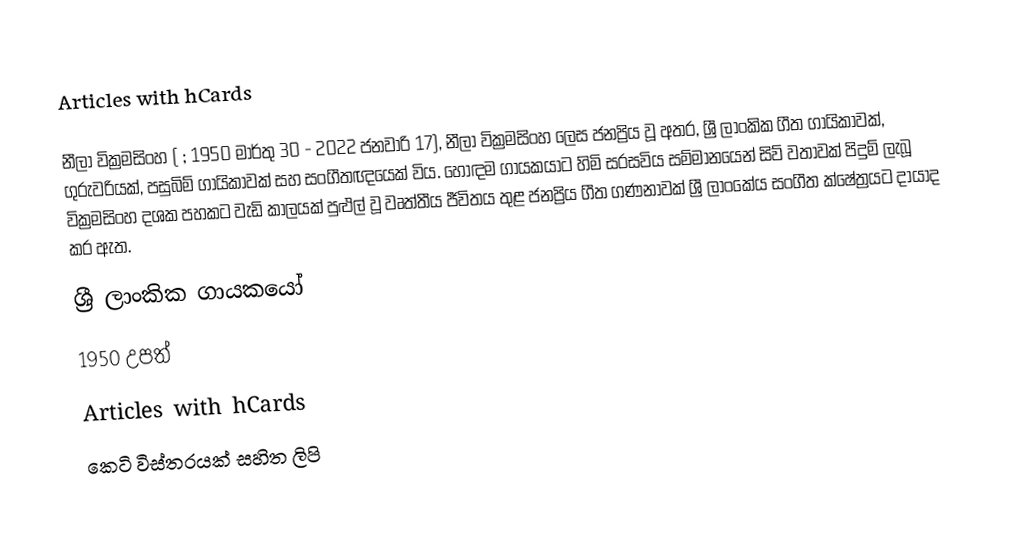
Articles with hCards

නීලා වික්‍රමසිංහ ( ; 1950 මාර්තු 30 - 2022 ජනවාරි 17), නීලා වික්‍රමසිංහ ලෙස ජනප්‍රිය වූ අතර, ශ්‍රී ලාංකික ගීත ගායිකාවක්, ගුරුවරියක්, පසුබිම් ගායිකාවක් සහ සංගීතඥයෙක් විය.   හොඳම ගායකයාට හිමි සරසවිය සම්මානයෙන් සිව් වතාවක් පිදුම් ලැබූ වික්‍රමසිංහ දශක පහකට වැඩි කාලයක් පුළුල් වූ වෘත්තීය ජීවිතය තුළ ජනප්‍රිය ගීත ගණනාවක් ශ්‍රී ලාංකේය සංගීත ක්ෂේත්‍රයට දායාද කර ඇත.
ශ්‍රී ලාංකික ගායකයෝ
1950 උපත්
Articles with hCards
කෙටි විස්තරයක් සහිත ලිපි